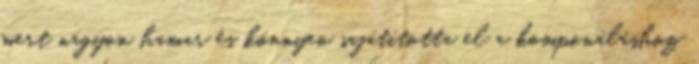
mert nagyon hamar és könnyen sajátította el a komponáláshoz